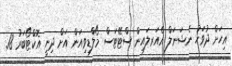
އިހަށް ދުވަހު ނެޝަނަލް އެއަރލައިން ސްޓޭޓަސް މޯލްޑިވިއަން އަށް ދިނީ އޮކްޓޯބަރު 18